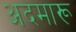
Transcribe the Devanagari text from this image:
अदमारू